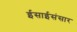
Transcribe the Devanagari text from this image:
ईसाईसंसार